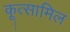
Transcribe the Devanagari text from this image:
कूत्सामिल